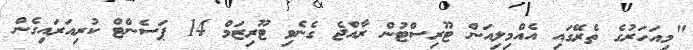
"މިއަހަރުގެ ތެރޭގައި އެއްމިލިއަން ޓޫރިސްޓުން ރާއްޖެ ގެނެވި ޓޫރިޒަމް 14 ޕަސެންޓް ކުރިއަރައިގެން